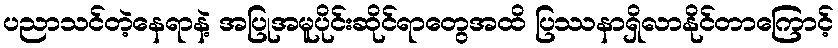
ပညာသင်တဲ့နေရာနဲ့ အပြုအမူပိုင်းဆိုင်ရာတွေအထိ ပြဿနာရှိလာနိုင်တာကြောင့်